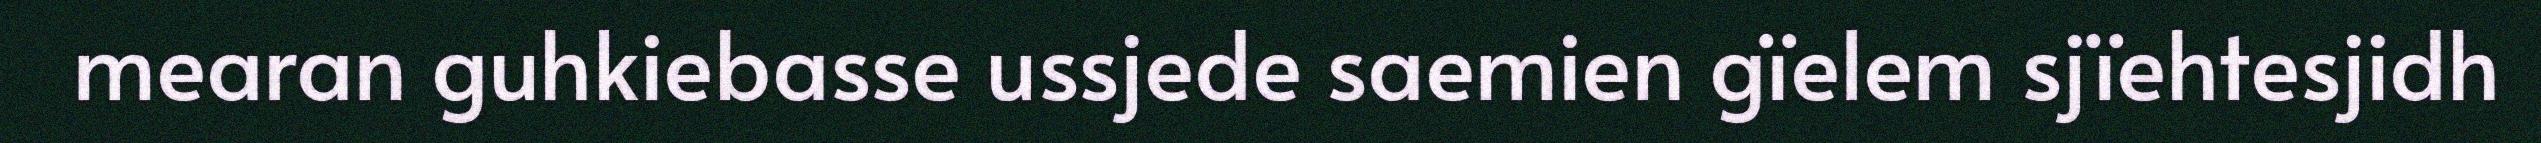
mearan guhkiebasse ussjede saemien gïelem sjïehtesjidh